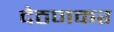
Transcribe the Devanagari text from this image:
देठणकर